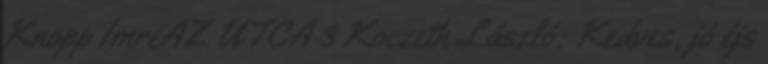
Knopp ImreAZ UTCA 3 Koczeth László: Kedves, jó éjs